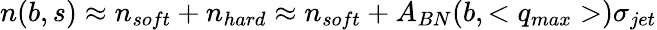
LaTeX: n(b,s)\approx n_{soft}+n_{hard}\approx n_{soft}+A_{BN}(b,<q_{max}>)\sigma_{jet}